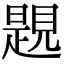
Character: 𧡨